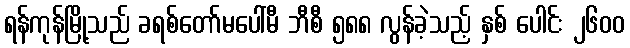
ရန်ကုန်မြို့သည် ခရစ်တော်မပေါ်မီ ဘီစီ ၅၈၈ လွန်ခဲ့သည့် နှစ် ပေါင်း ၂၆၀၀